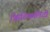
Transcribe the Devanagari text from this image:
क्रिटिकलिटी